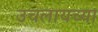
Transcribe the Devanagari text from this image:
उचलायच्या